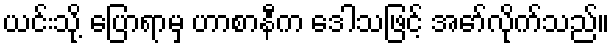
ယင်းသို့ ပြောရာမှ ဟာစာနီက ဒေါသဖြင့် အော်လိုက်သည်။